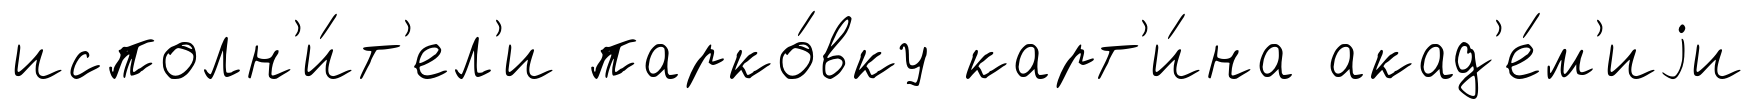
исполн'и́т'ел'и парко́вку карт'и́на акад'е́м'иjи